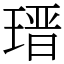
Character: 𤨁